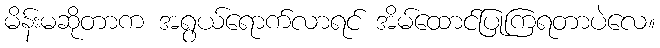
မိန်းမဆိုတာက အရွယ်ရောက်လာရင် အိမ်ထောင်ပြုကြရတာပဲလေ။